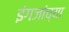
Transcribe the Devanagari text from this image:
इंगजांच्या